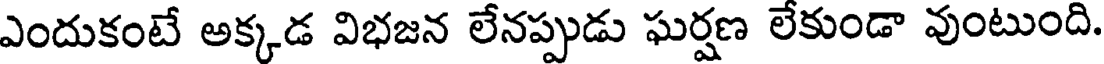
ఎందుకంటే అక్కడ విభజన లేనప్పుడు ఘర్షణ లేకుండా వుంటుంది